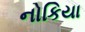
નોકિયા